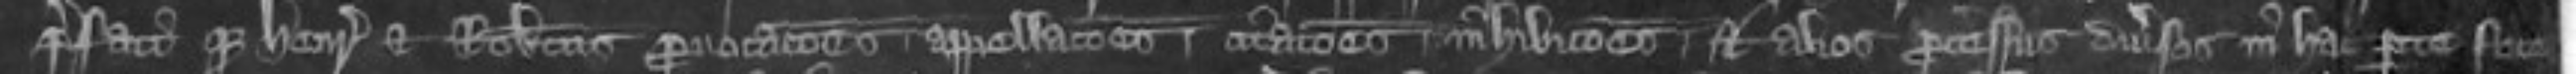
prefati que Henricus et Robertus provocationes appellaciones citationes inhibiciones et alios processus diverses in hac parte fece